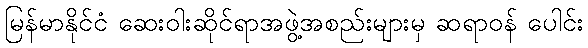
မြန်မာနိုင်ငံ ဆေးဝါးဆိုင်ရာအဖွဲ့အစည်းများမှ ဆရာဝန် ပေါင်း